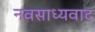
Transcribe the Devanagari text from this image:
नवसाध्यवाद